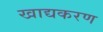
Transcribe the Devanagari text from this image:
खाद्यकरण